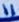
Text: 11